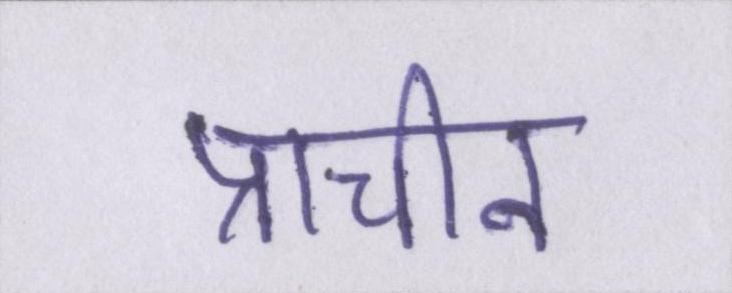
प्राचीन